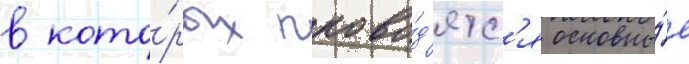
в кото́рых прово́д'ятс'я основны́е